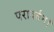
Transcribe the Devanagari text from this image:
परावर्तन।